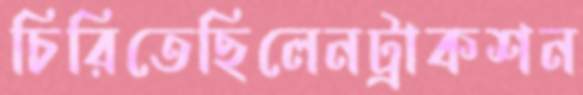
চিরিতেছিলেনট্রাকশন